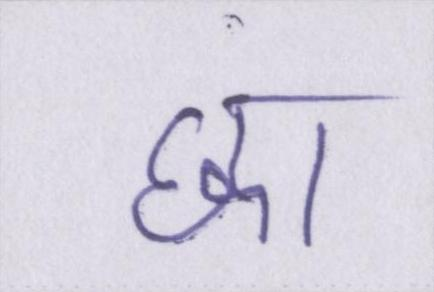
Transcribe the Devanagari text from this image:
छा